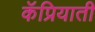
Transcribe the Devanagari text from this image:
कॅप्रियाती